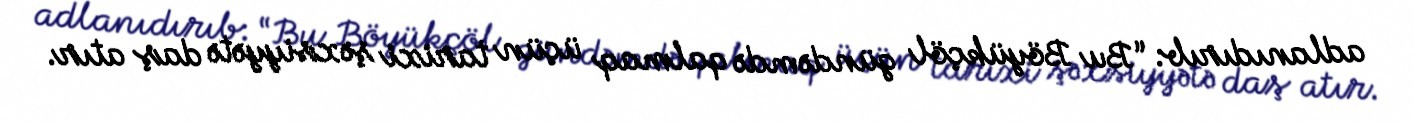
adlanıdırıb: “Bu Böyükçöl gündəmdə qalmaq üçün tarixi şəxsiyyətə daş atır.